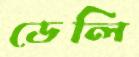
ডেলি